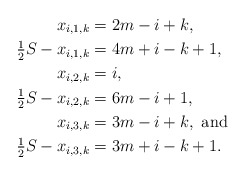
\begin{align*}x_{i,1,k} &= 2m-i+k, \\\tfrac{1}{2} S -x_{i,1,k} &= 4m+i-k+1, \\x_{i,2,k} &= i, \\\tfrac{1}{2} S - x_{i,2,k} &= 6m-i+1, \\x_{i,3,k} &= 3m-i+k, \mbox{ and } \\\tfrac{1}{2} S - x_{i,3,k} &= 3m+i-k+1. \end{align*}